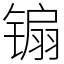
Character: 䦂